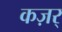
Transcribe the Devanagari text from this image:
कज़र्